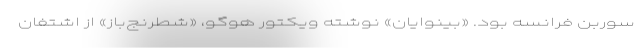
سوربن فرانسه بود. «بینوایان» نوشته ویکتور هوگو، «شطرنج‌باز» از اشتفان